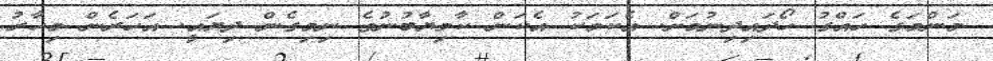
މަންމަގެ ހައްގު ހޯދައިދިނުމަށް. އެކަމަކު އެކަން ކާމިޔާބުނުވެ ނިމިގެން ދިޔައީ. އަހަރެން މިހާރު